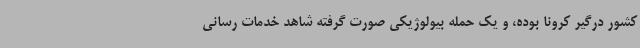
کشور درگیر کرونا بوده، و یک حمله بیولوژیکی صورت گرفته شاهد خدمات رسانی